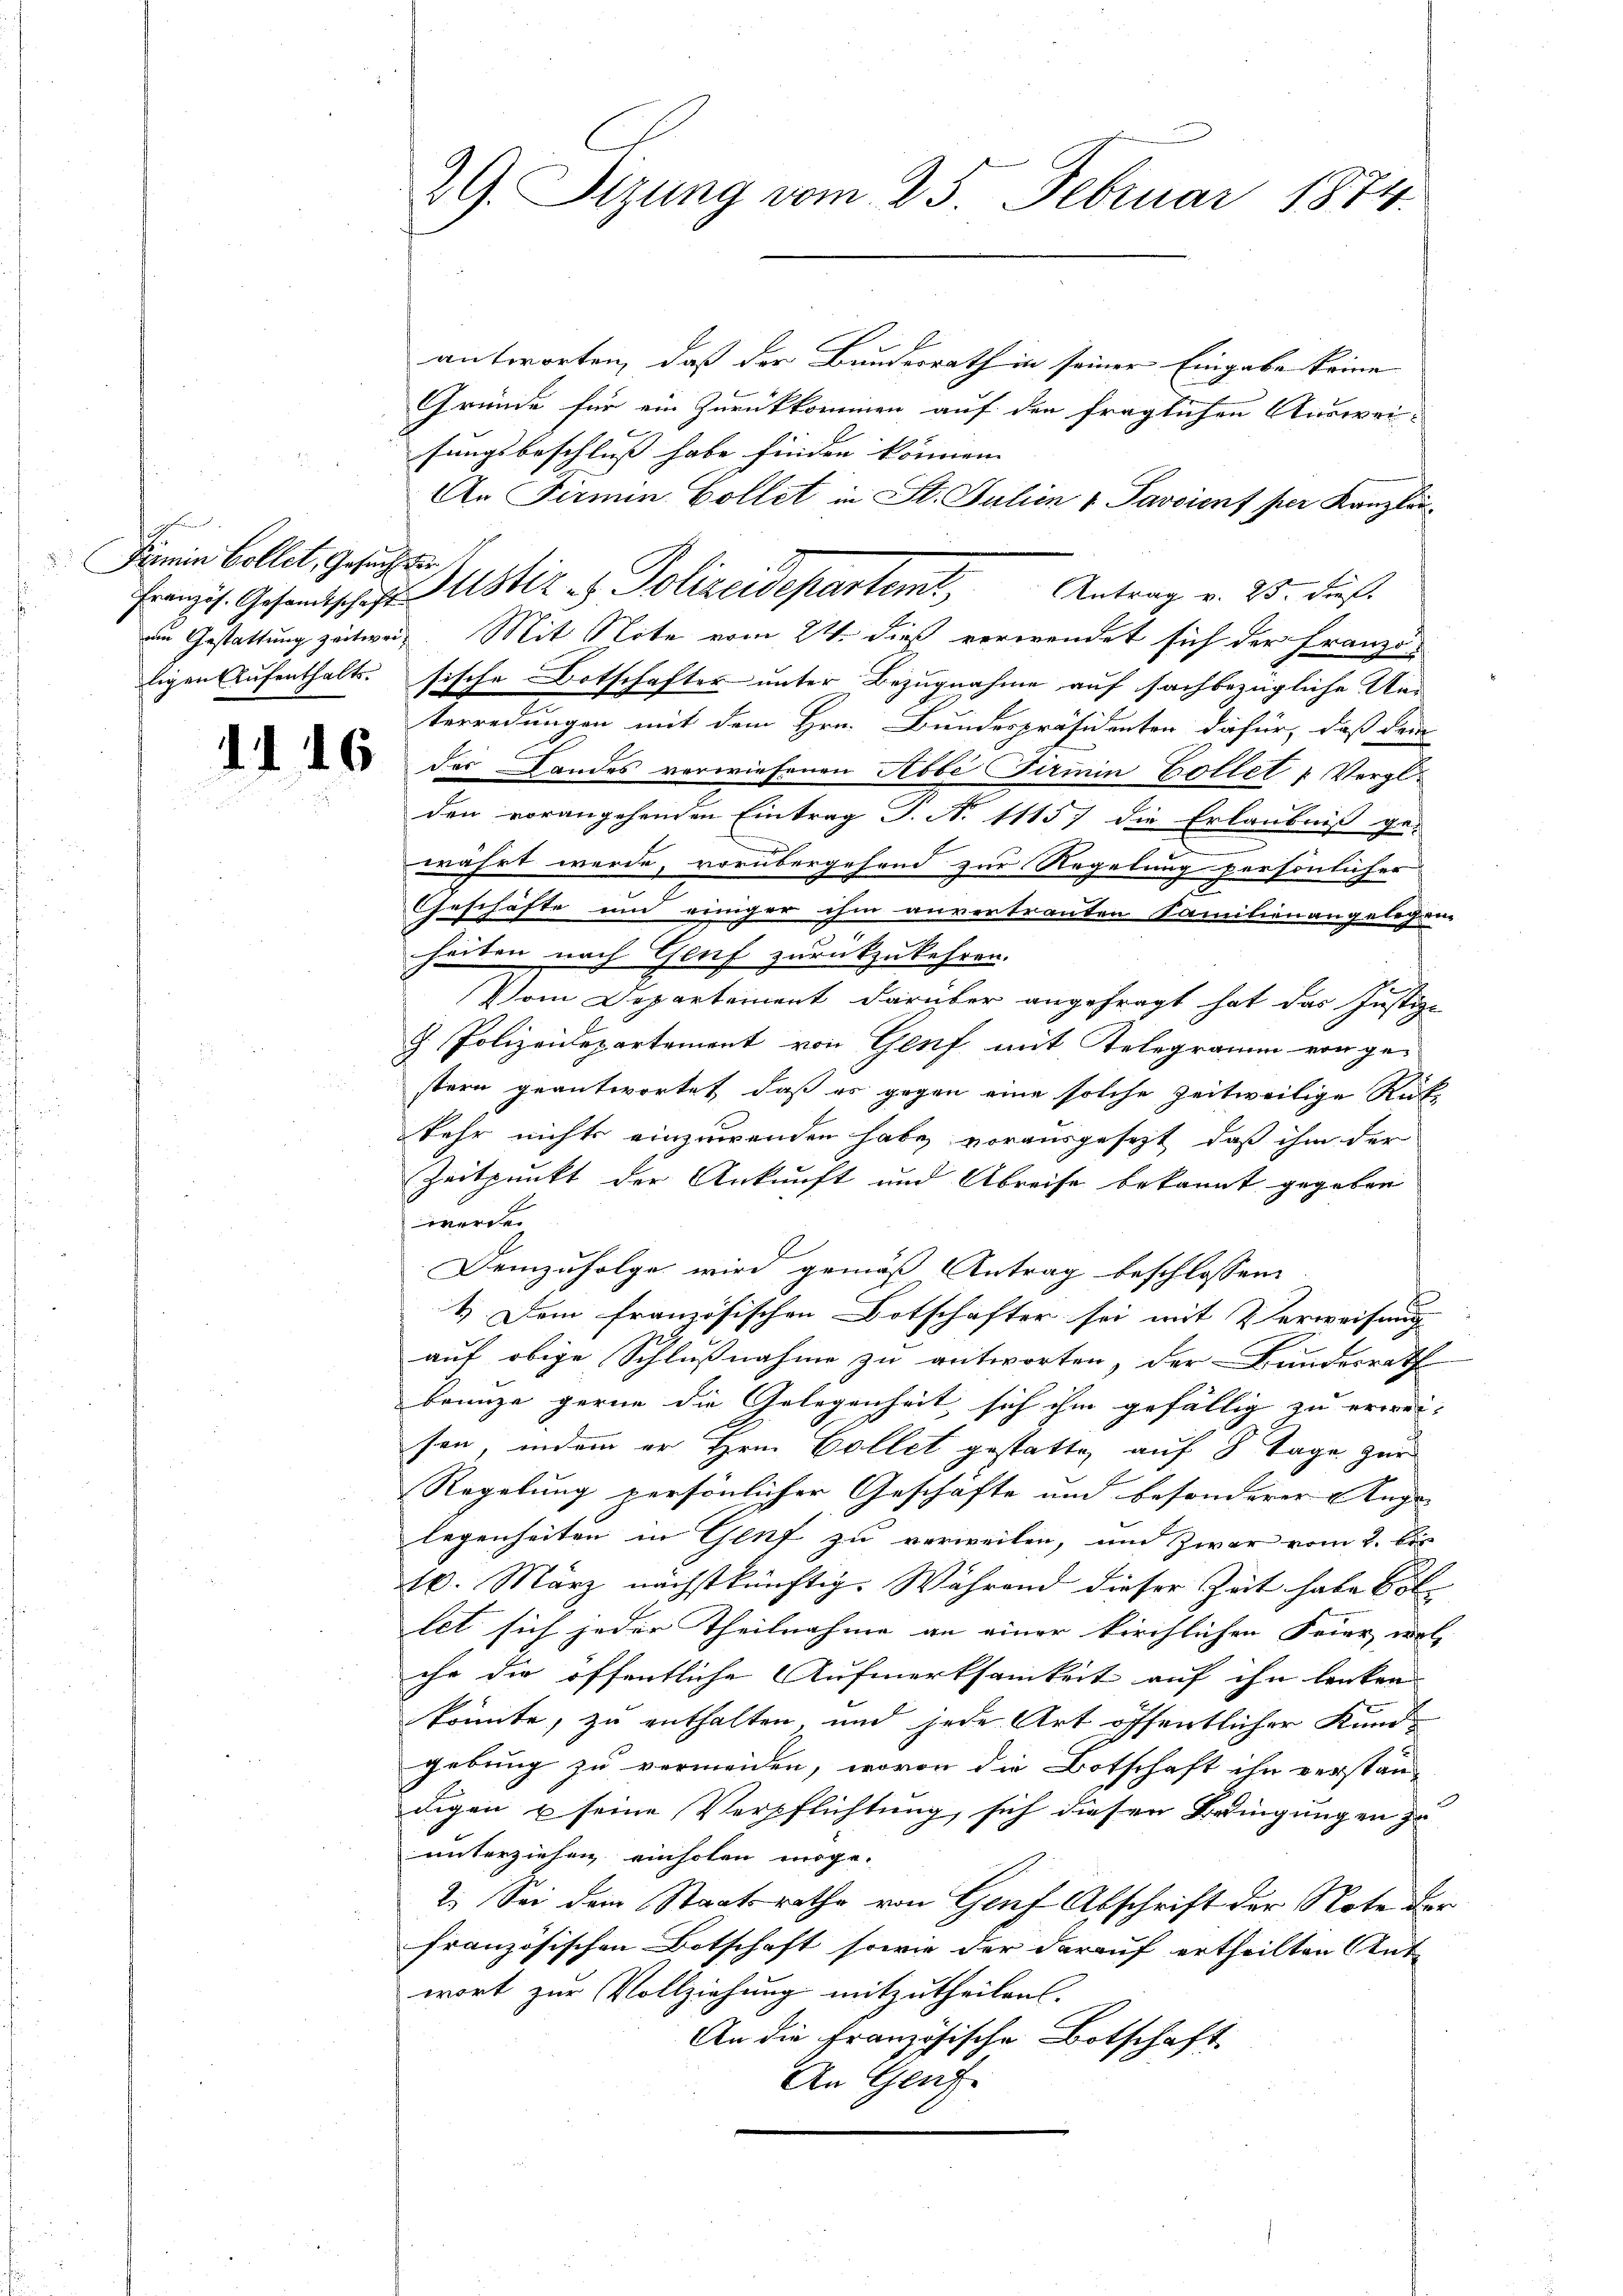
Fermin Collet, Gesuchter,

29. Sitzung vom 25. Februar 1874.

antworten, daß der Bundesrath in seiner Eingabe keine
Gründe für ein Zurückkommen auf den fraglichen Ausweifungsbeschluß habe finden können. |
An Firmin Collet in St. Julin v Pavierf per Kanzlei-
am Gestattung zeitweis. Mit Note vom 24. dieß verwendet sich der Franzöligen Aufenthalts. sische Botschafter unter Bezugnahme auf sachbezügliche Unterredungen mit dem Hrn. Bundespräsidenten dafür, daß dem
C der Landes verwiesenen Abbe Firmin Bollet u. Vergl.
den vorangehenden Eintrag J. N. 1115) die Erlaubniß ge-
währt werde, vorübergehend zur Regelung persönlicher
Geschäfte und einiger ihm anvertrauten Familienangelegen
heiten nach Genf zurückzukehren.
Vom Departement darüber angefragt hat das Justiz-
. Polizeidepartement von Genf mit Telegramm von ge-
stern geantwortet, daß es gegen eine solche zeitweilige Ruf
kehr nichts einzuwenden habe vorausgesezt, daß ihm der
Zeitpunkt der Ankunft und Abreise bekannt gegeben
werde.
Demzufolge wird gemäß Antrag beschlossen:
4. Dem französischen Botschafter sei mit Verweisung
auf obige Schlußnahme zu antworten, der Bundesrath
benuze gerne die Gelegenheit sich ihm gefällig zu erweisen, indem er Hrn. Collet gestatte, auf 8 Tage zur
Regelung persönlicher Geschäfte und besonderer Ange- |
legenheiten in Genf zu verweilen, um Zwar vom 2. bis
16. März nächstkünftig. Während dieser Zeit habe Botlet sich jeder Theilnahme an einer kirchlichen Feier woll
ihr die öffentliche Aufmerksamkeit auf ihn lenken
könnte, zu enthalten, und jede Art öffentlicher Kundgebung zu vermeiden, wovon die Botschaft ihn verstan
digen u seine Verpflichtung, sich diesen Bringungen zu
unterziehen einholen möge.
2.) Sei dem Staatsrathe von Gruf Abschrift der Note der
französischen Botschaft sowie der darauf ertheilten Ant-
wort zur Vollziehung mitzutheilen.
An die französische Botschaft
An Genf.

Franzis. Gesandtschaft Justiz es Polizeidepartem Antrag v. 25. dieß